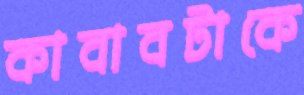
কাবাবটাকে